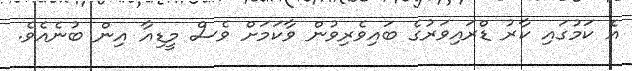
އެ ކަމުގައި ކާރު ޑްރައިވަރުގެ ބައިވެރިވުން ވާކަމަށް ވެސް މީޑިއާ އިން ބުނެއެވެ.